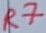
Text: R7